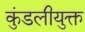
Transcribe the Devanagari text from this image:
कुंडलीयुक्त